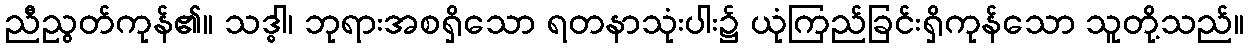
ညီညွတ်ကုန်၏။ သဒ္ဓါ၊ ဘုရားအစရှိသော ရတနာသုံးပါး၌ ယုံကြည်ခြင်းရှိကုန်သော သူတို့သည်။